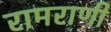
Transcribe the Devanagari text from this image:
रामराणी